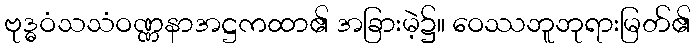
ဗုဒ္ဓဝံသသံဝဏ္ဏနာအဋ္ဌကထာ၏ အခြားမဲ့၌။ ဝေဿဘူဘုရားမြတ်၏